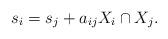
LaTeX: \begin{align*}s_i = s_j + a_{ij} X_i \cap X_j.\end{align*}